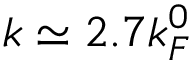
k \simeq 2 . 7 k _ { F } ^ { 0 }